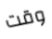
وقت